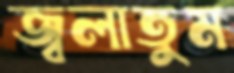
জ্বলাতুম